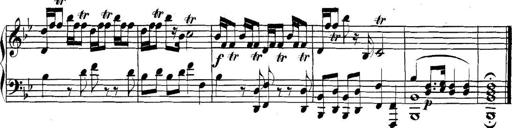
Title: Collected Piano Sonatas
Composer: Muzio Clementi